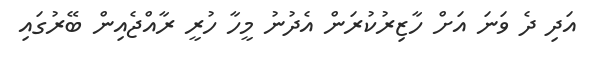
އަދި ދެ ވަނަ އަށް ހާޒިރުކުރަން އެދުނު މީހާ ހުރީ ރާއްޖެއިން ބޭރުގައި